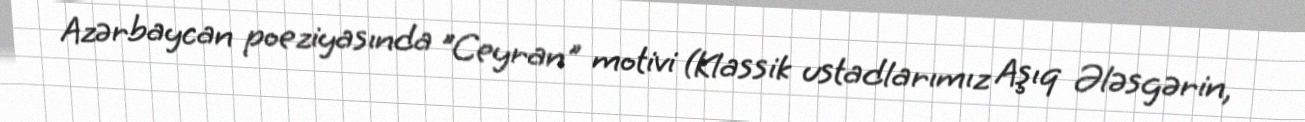
Azərbaycan poeziyasında "Ceyran" motivi (Klassik ustadlarımız Aşıq Ələsgərin,